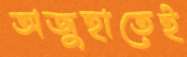
অজুহাতেই